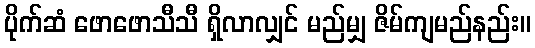
ပိုက်ဆံ ဖောဖောသီသီ ရှိလာလျှင် မည်မျှ ဇိမ်ကျမည်နည်း။